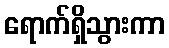
ရောက်ရှိသွားကာ